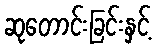
ဆုတောင်းခြင်းနှင့်